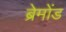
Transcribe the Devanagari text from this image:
ब्रेमोंड